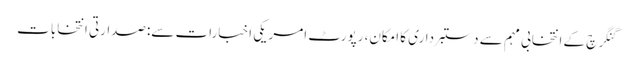
گنگرچ کے انتخابی مہم سے دستبرداری کا امکان، رپورٹ امریکی اخبارات سے:صدارتی انتخابات